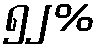
၅၂%